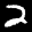
Label: 2